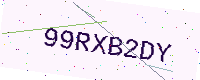
Text: 99RXB2DY